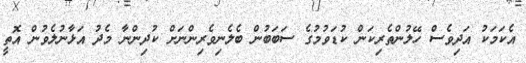
އެކަމަކު އަދިވެސް ހޭލުންތެރިކަން ކުޑަވުމުގެ ސަބަބުން ބެލެނިވެރިންނަށް ކުދިންނާ މެދު އަޅާނުލެވުން އޮތީ